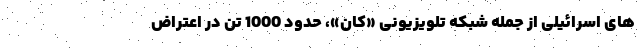
های اسرائیلی از جمله شبکه تلویزیونی «کان»، حدود 1000 تن در اعتراض